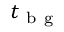
t _ { \mathrm { ~ b ~ g ~ } }